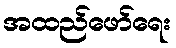
အထည်ဖော်ရေး